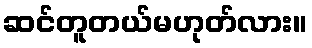
ဆင်တူတယ်မဟုတ်လား။